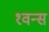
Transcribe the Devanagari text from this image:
१वन्स